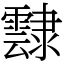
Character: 霴